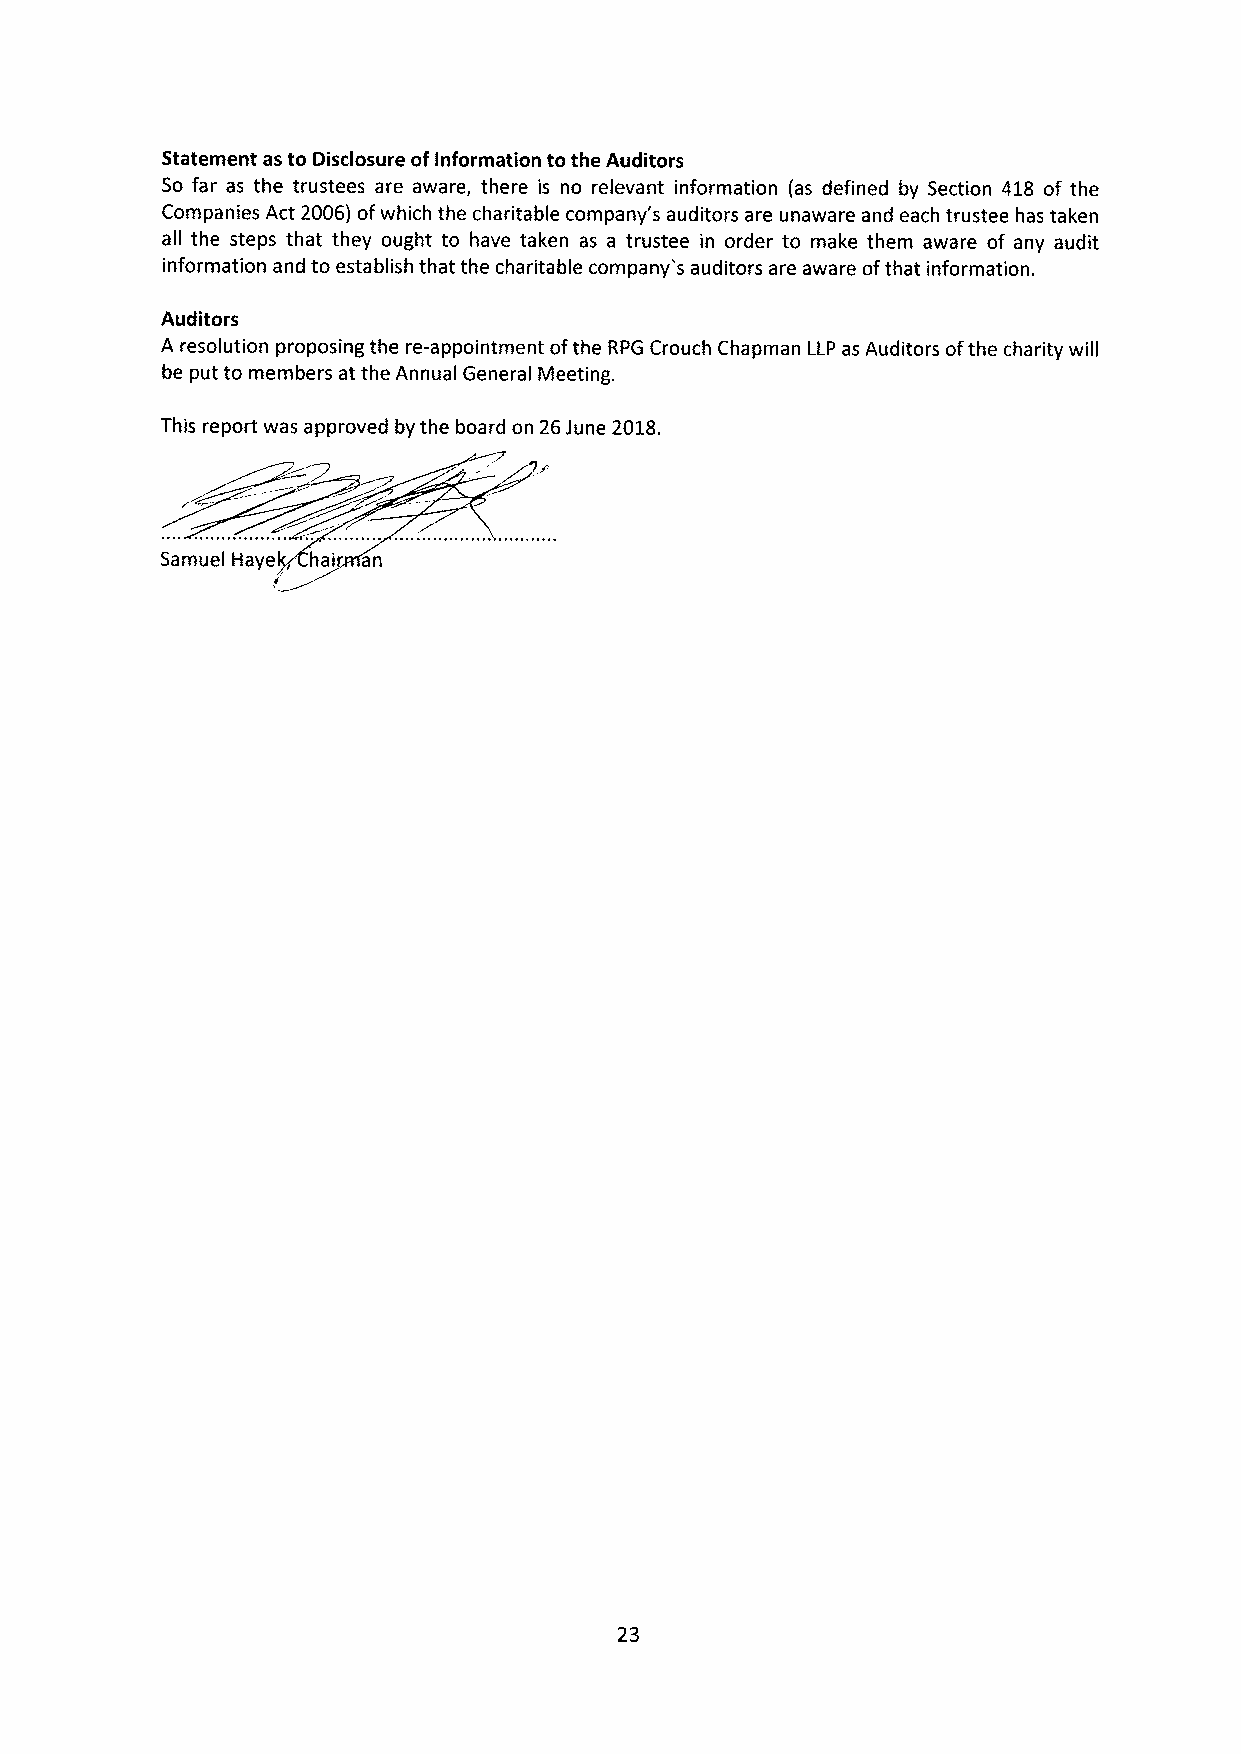
Statement as to Disclosure ofInformation to the Auditors
 So far as the trustees are aware, there is no relevant information (as defined by Section 418 of the
 Companies Act 2006) ofwhich the charitable company's auditors are unaware and each trustee has taken
 all the steps that they ought to have taken as a trustee in order to make them aware of any audit
 information and to establish that the charitable company's auditors are aware ofthat information.
 Auditors
 A resolution proposing the re-appointment ofthe RPG Crouch Chapman LLP as Auditors ofthe charity will
 be put to members at the Annual General Meeting.
 This report was approved by the board on 26June 2018.
 Samuel Haye hai an
 23